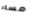
مساء